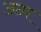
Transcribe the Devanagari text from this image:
जतर